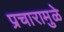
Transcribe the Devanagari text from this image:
प्रचारामुळे